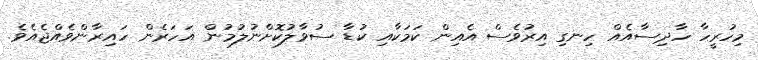
މިހުރީހާ ހާދިސާއެއް ހިނގި އިރުވެސް އެއިން ކަމަކާއި ކުޑާ ސުވާލުކޮށްނުލުމުން އަހަރެން ހައިރާންވެއްޖެއެވެ.